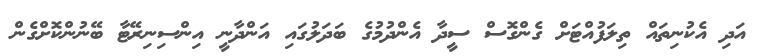
އަދި އެކުނިތައް ތިލަފުއްޓަށް ގެންގޮސް ސީދާ އެންދުމުގެ ބަދަލުގައި އަންދާނީ އިންސިނިރޭޓާ ބޭނުންކޮށްގެން